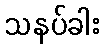
သနပ်ခါး